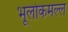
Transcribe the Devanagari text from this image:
भूलोकमल्ल